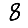
Digit: 8